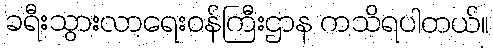
ခရီးသွားလာရေးဝန်ကြီးဌာန ကသိရပါတယ်။